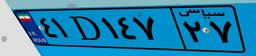
۴۱D۱۴۷۲۷